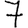
Digit: 7